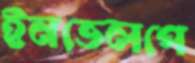
ইনভেলপে